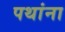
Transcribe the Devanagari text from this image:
पथांना